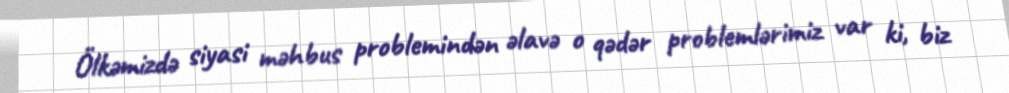
Ölkəmizdə siyasi məhbus problemindən əlavə o qədər problemlərimiz var ki, biz